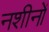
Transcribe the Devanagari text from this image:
नशीनों